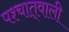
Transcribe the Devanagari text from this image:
पश्चात्‌वाली